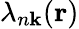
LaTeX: \lambda_{n\mathbf{k}}(\mathbf{r})